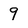
Character: 9